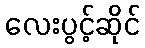
လေးပွင့်ဆိုင်